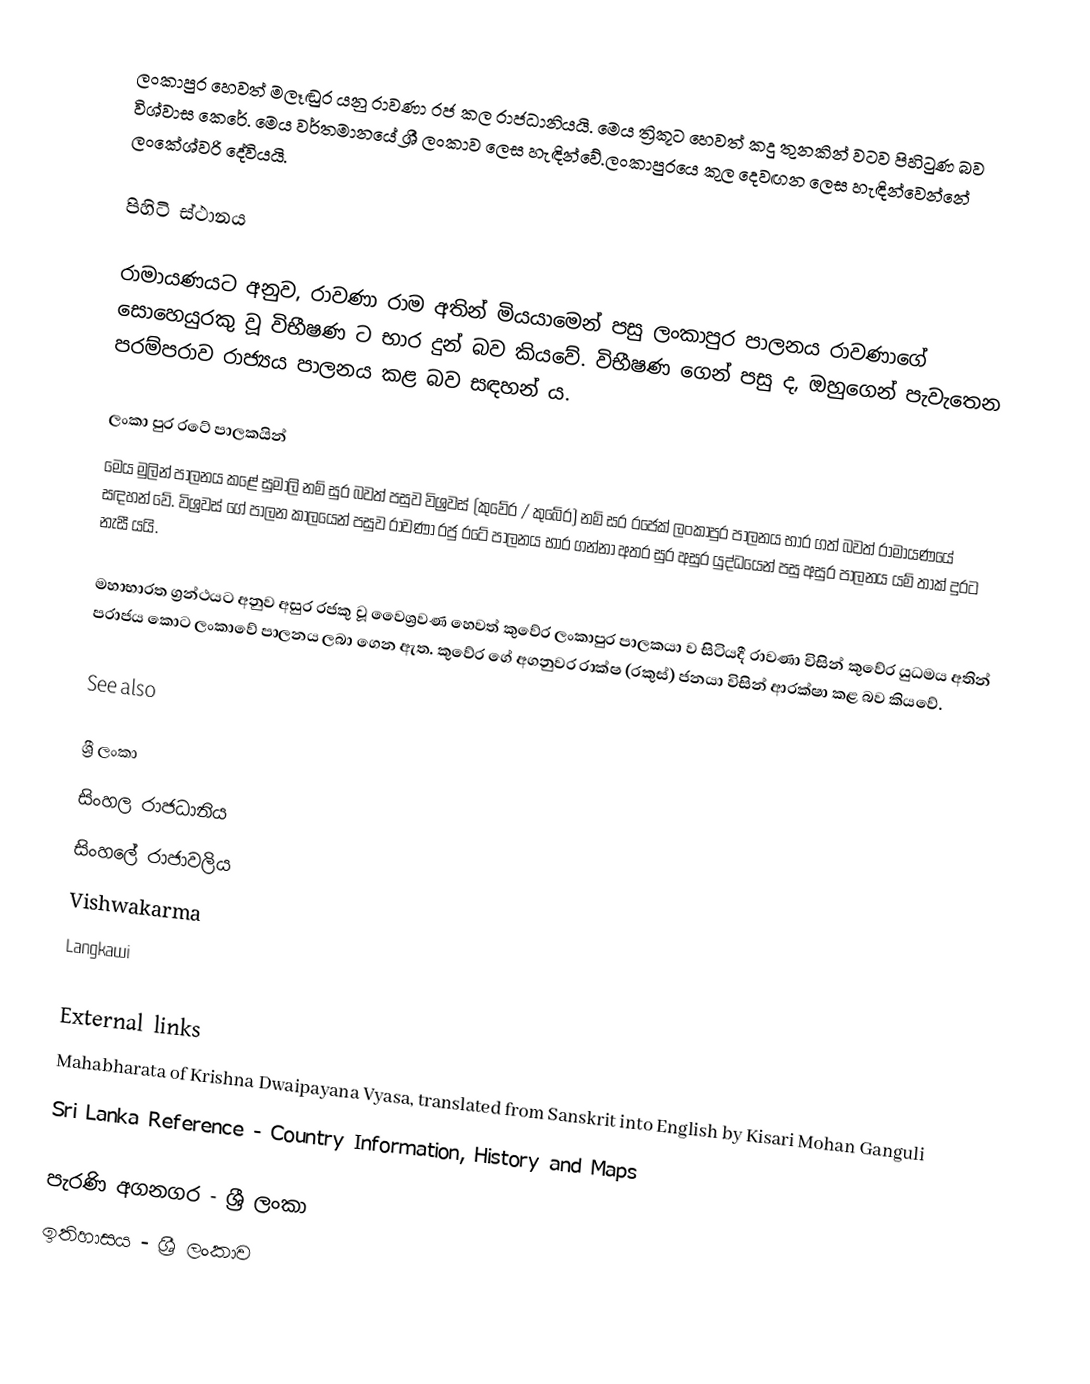
ලංකාපුර හෙවත් මලෑඬුර යනු රාවණා   රජ කල රාජධානියයි. මෙය ත්‍රිකූට හෙවත් කදු තුනකින් වටව  පිහිටුණ බව විශ්වාස කෙරේ. මෙය වර්තමානයේ ශ්‍රී ලංකාව ලෙස හැඳින්වේ.ලංකාපුරයෙ කුල දෙවඟන ලෙස හැඳින්වෙන්නේ ලංකේශ්වරි දේවියයි.

පිහිටි ස්ථානය

රාමායණයට අනුව, රාවණා  රාම අතින් මියයාමෙන් පසු ලංකාපුර පාලනය රාවණාගේ සොහෙයුරකු වූ විභීෂණ ට භාර දුන් බව කියවේ. විභීෂණ ගෙන් පසු ද, ඔහුගෙන් පැවැතෙන පරම්පරාව රාජ්‍යය පාලනය කළ බව සඳහන් ය.

ලංකා පුර රටේ පාලකයින්
මෙය මුලින් පාලනය කළේ සුමාලි නම් සුර  බවත් පසුව විශ්‍රවස් (කුවේර / කුබේර) නම් සර රජෙක් ලංකාපුර පාලනය භාර ගත් බවත් රාමායණයේ සඳහන් වේ. විශ්‍රවස් ගේ පාලන කාලයෙන් පසුව රාවණා රජු රටේ පාලනය භාර ගන්නා අතර සුර අසුර යුද්ධයෙන් පසු අසුර පාලනය යම් තාක් දුරට නැසී යයි.

මහාභාරත ග්‍රන්ථයට අනුව අසුර රජකු වූ වෛශ්‍රවණ හෙවත් කුවේර ලංකාපුර පාලකයා ව සිටියදී රාවණා විසින් කුවේර යුධමය අතින් පරාජය කොට ලංකාවේ පාලනය ලබා ගෙන ඇත. කුවේර ගේ අගනුවර රාක්ෂ (රකුස්) ජනයා විසින් ආරක්ෂා කළ බව කියවේ.

See also

ශ්‍රී ලංකා
සිංහල රාජධානිය
සිංහලේ රාජාවලිය
Vishwakarma
Langkawi

External links
Mahabharata of Krishna Dwaipayana Vyasa, translated from Sanskrit into English by Kisari Mohan Ganguli
Sri Lanka Reference - Country Information, History and Maps

පැරණි අගනගර - ශ්‍රී ලංකා
ඉතිහාසය - ශ්‍රී ලංකාව